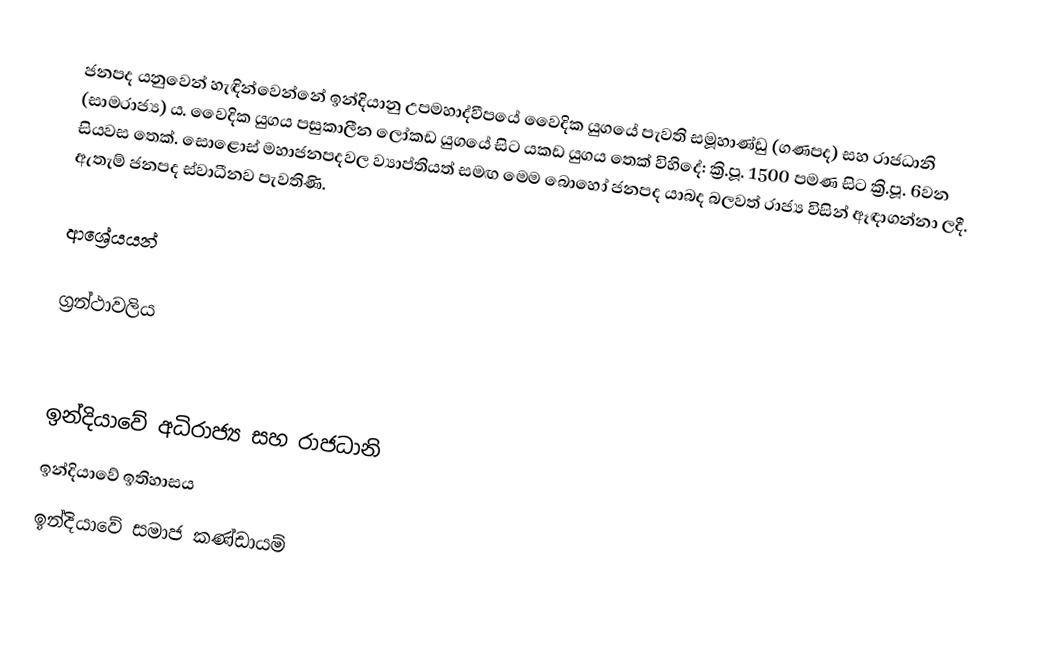
ජනපද යනුවෙන් හැඳින්වෙන්නේ ඉන්දියානු උපමහාද්වීපයේ වෛදික යුගයේ පැවති සමූහාණ්ඩු (ගණපද) සහ රාජධානි (සාමරාජ්‍ය) ය. වෛදික යුගය පසුකාලීන ලෝකඩ යුගයේ සිට යකඩ යුගය තෙක් විහිදේ: ක්‍රි.පූ. 1500 පමණ සිට ක්‍රි.පූ. 6වන සියවස තෙක්. සොළොස් මහාජනපදවල ව්‍යාප්තියත් සමඟ මෙම බොහෝ ජනපද යාබද බලවත් රාජ්‍ය විසින් ඈඳාගන්නා ලදී. ඇතැම් ජනපද ස්වාධීනව පැවතිණි.

ආශ්‍රේයයන්

ග්‍රන්ථාවලිය

ඉන්දියාවේ අධිරාජ්‍ය සහ රාජධානි
ඉන්දියාවේ ඉතිහාසය
ඉන්දියාවේ සමාජ කණ්ඩායම්